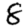
Digit: 8